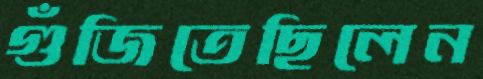
গুঁজিতেছিলেন